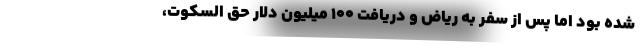
شده بود اما پس از سفر به ریاض و دریافت ۱۰۰ میلیون دلار حق السکوت،